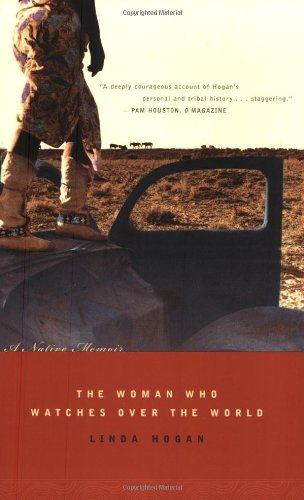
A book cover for The Woman Who Watches Over the World: A Native Memoir; Linda Hogan; Biographies & Memoirs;